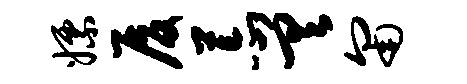
嫖厦荒差匍